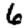
Digit: 6